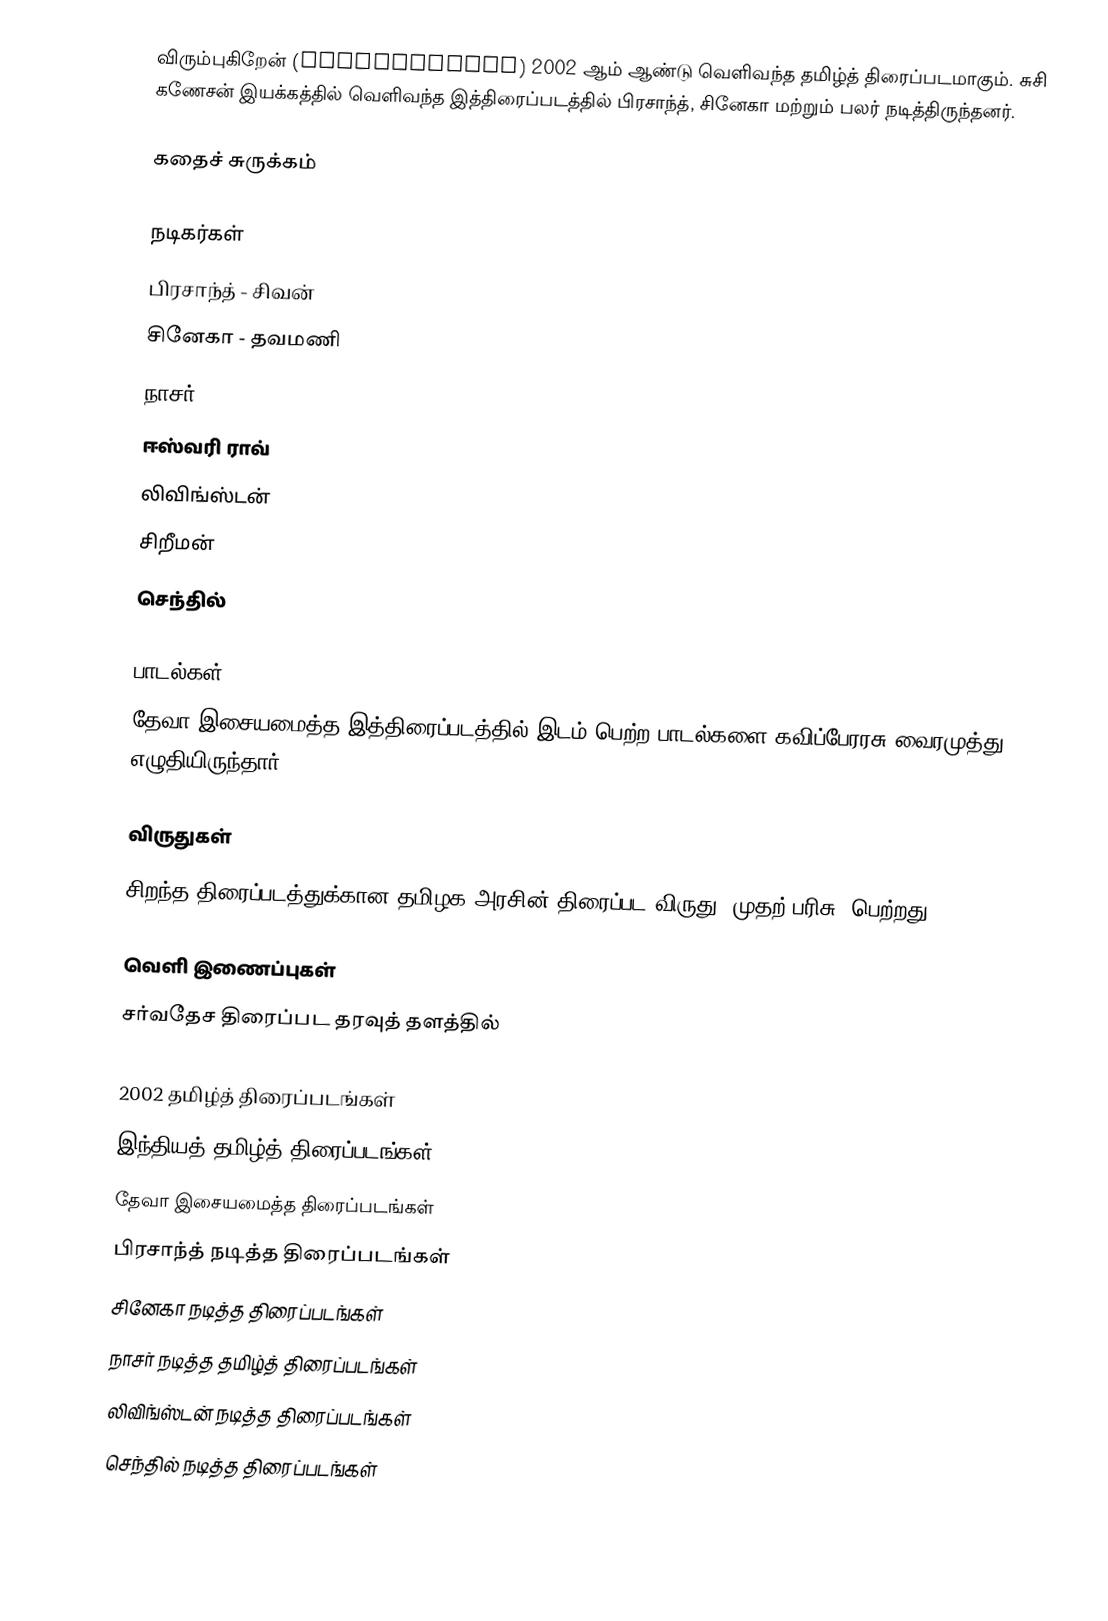
விரும்புகிறேன் (Virumbugiren) 2002 ஆம் ஆண்டு வெளிவந்த தமிழ்த் திரைப்படமாகும். சுசி கணேசன் இயக்கத்தில் வெளிவந்த இத்திரைப்படத்தில் பிரசாந்த், சினேகா மற்றும் பலர் நடித்திருந்தனர்.

கதைச் சுருக்கம்

நடிகர்கள்
 பிரசாந்த் - சிவன்
 சினேகா - தவமணி
 நாசர்
 ஈஸ்வரி ராவ்
 லிவிங்ஸ்டன்
 சிறீமன்
 செந்தில்

பாடல்கள்
தேவா இசையமைத்த இத்திரைப்படத்தில் இடம் பெற்ற பாடல்களை கவிப்பேரரசு வைரமுத்து எழுதியிருந்தார்.

விருதுகள்
 சிறந்த திரைப்படத்துக்கான தமிழக அரசின் திரைப்பட விருது (முதற் பரிசு) பெற்றது.

வெளி இணைப்புகள்
சர்வதேச திரைப்பட தரவுத் தளத்தில்

2002 தமிழ்த் திரைப்படங்கள்
இந்தியத் தமிழ்த் திரைப்படங்கள்
தேவா இசையமைத்த திரைப்படங்கள்
பிரசாந்த் நடித்த திரைப்படங்கள்
சினேகா நடித்த திரைப்படங்கள்
நாசர் நடித்த தமிழ்த் திரைப்படங்கள்
லிவிங்ஸ்டன் நடித்த திரைப்படங்கள்
செந்தில் நடித்த திரைப்படங்கள்